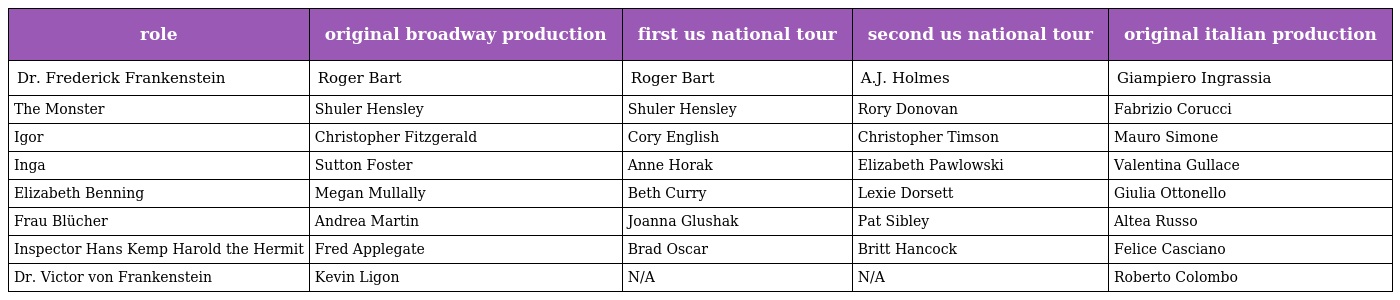
| role | original broadway production | first us national tour | second us national tour | original italian production |
 | --- | --- | --- | --- | --- |
 | Dr. Frederick Frankenstein | Roger Bart | Roger Bart | A.J. Holmes | Giampiero Ingrassia |
 | The Monster | Shuler Hensley | Shuler Hensley | Rory Donovan | Fabrizio Corucci |
 | Igor | Christopher Fitzgerald | Cory English | Christopher Timson | Mauro Simone |
 | Inga | Sutton Foster | Anne Horak | Elizabeth Pawlowski | Valentina Gullace |
 | Elizabeth Benning | Megan Mullally | Beth Curry | Lexie Dorsett | Giulia Ottonello |
 | Frau Blücher | Andrea Martin | Joanna Glushak | Pat Sibley | Altea Russo |
 | Inspector Hans Kemp Harold the Hermit | Fred Applegate | Brad Oscar | Britt Hancock | Felice Casciano |
 | Dr. Victor von Frankenstein | Kevin Ligon | N/A | N/A | Roberto Colombo |